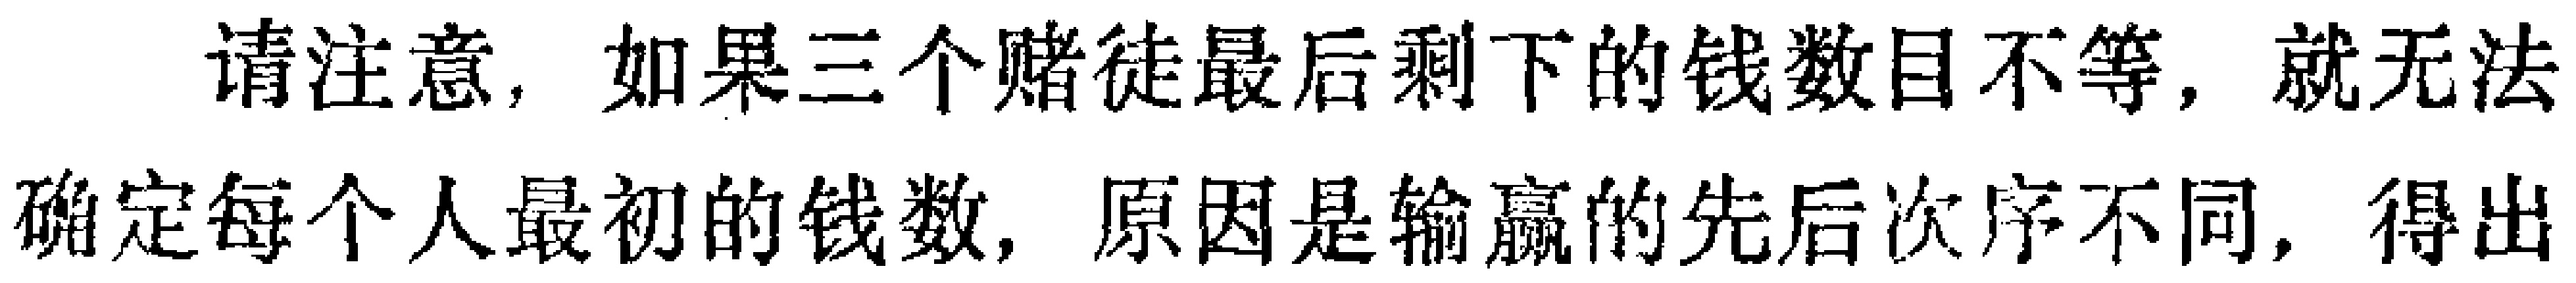
请注意，如果三个赌徒最后剩下的钱数目不等，就无法确定每个人最初的钱数，原因是输赢的先后次序不同，得出